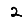
Digit: 2